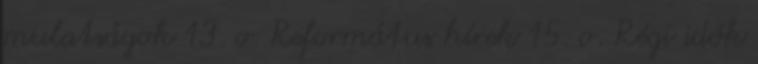
mulatságok 13. o. Református hírek 15. o. Régi idők